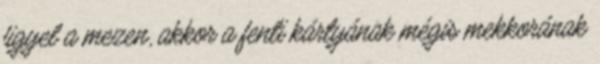
figyel a mezen, akkor a fenti kártyának mégis mekkorának